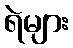
ရဲများ